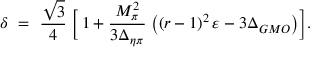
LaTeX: \delta \ = \ \frac { \sqrt { 3 } } { 4 } \; \Big [ \, 1 + \frac { M _ { \pi } ^ { 2 } } { 3 \Delta _ { \eta \pi } } \; \big ( ( r - 1 ) ^ { 2 } \, \varepsilon - 3 \Delta _ { G M O } \big ) \Big ] .